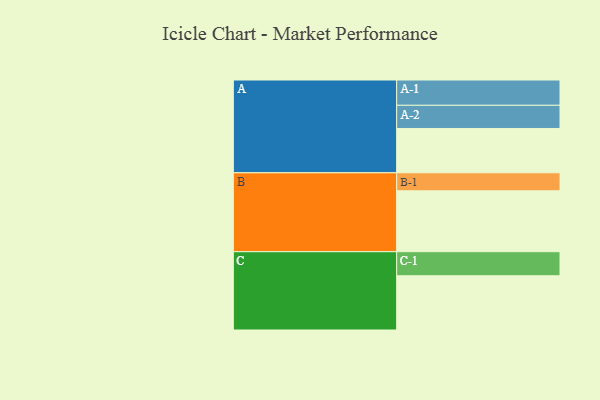
{"axis": {"x": "Segment", "y": "Value"}, "legend": ["", "A", "B", "C"], "data": [{"x": "A", "y": 361, "type": ""}, {"x": "B", "y": 496, "type": ""}, {"x": "C", "y": 442, "type": ""}, {"x": "A-1", "y": 206, "type": "A"}, {"x": "A-2", "y": 189, "type": "A"}, {"x": "B-1", "y": 147, "type": "B"}, {"x": "C-1", "y": 196, "type": "C"}]}